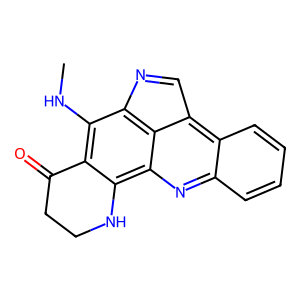
SMILES: CNc1c2c(c3nc4ccccc4c4c3c1N=C4)NCCC2=O
Inhibits HIV replication: No